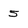
Character: 5